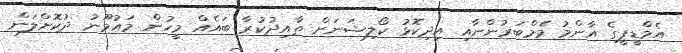
އެމްޑީޕީގެ އާންމު މެމްބަރުންނާއި އިދިކޮޅު ކޯލިޝަނަށް ތާއިދުކުރާ ބައެއް މީހުން މައުމޫނު ދުކޮށްލަން